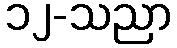
၁၂-သညာ